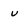
Character: u